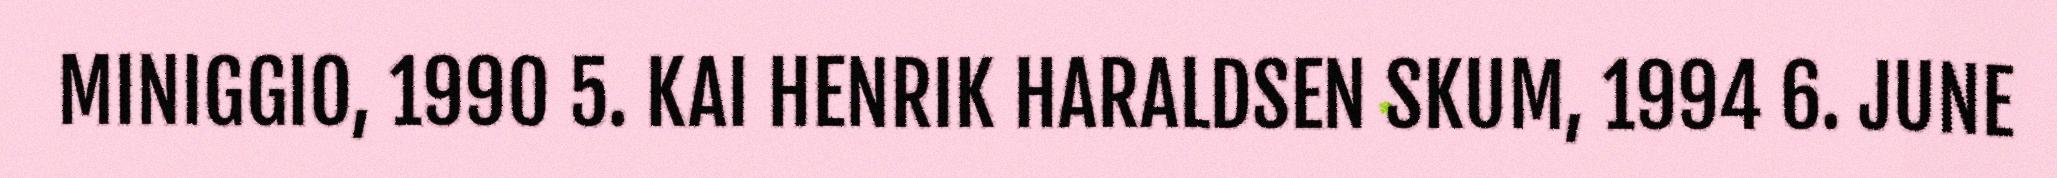
MINIGGIO, 1990 5. KAI HENRIK HARALDSEN SKUM, 1994 6. JUNE